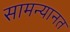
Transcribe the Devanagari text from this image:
सामन्यानत